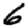
Digit: 6